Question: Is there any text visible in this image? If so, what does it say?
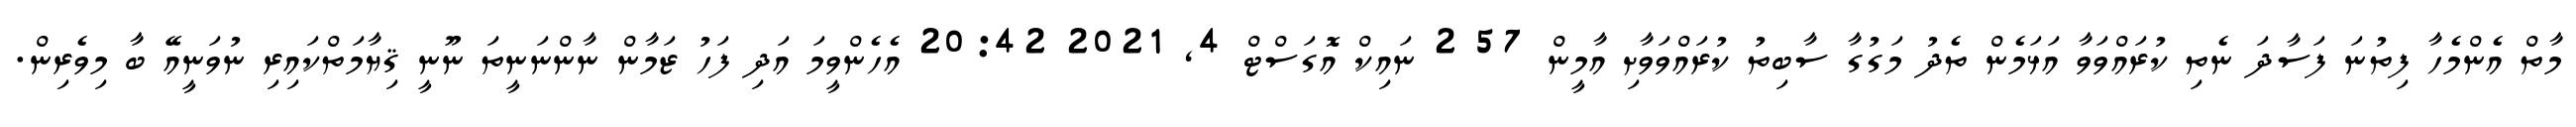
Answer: މާތް އެންމެހާ ފިތުނަ ފަސާދަ ނެތި ކުރައްވަވާ އަޅަމެން ތެދު މަގުގާ ސާބިތު ކުރައްވަވާށި އާމީން 57 2 ނައިކް އޮގަސްޓް 4, 2021 20:42 އެހެންވީމަ އަދި ފަހު ޒަމާން ނާންނަނީތަ ނޫނީ ޤިޔާމަތްކައިރި ނުވަނީއޭ ބާ މިވެރިން.